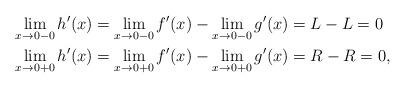
LaTeX: \begin{align*}\lim\limits_{x\to 0-0} h'(x) &= \lim\limits_{x\to 0-0} f'(x) - \lim\limits_{x\to 0-0} g'(x) = L-L = 0 \\\lim\limits_{x\to 0+0} h'(x) &= \lim\limits_{x\to 0+0} f'(x) - \lim\limits_{x\to 0+0} g'(x) = R-R = 0,\end{align*}